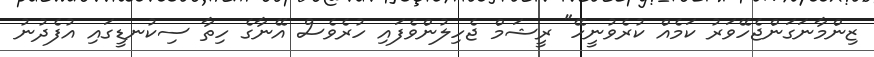
ޒިންމާނަގަންޖެހޭވަރު ކަމެއް ކުރެވުނީހޭ" ރީޝަމް ޖެހިލުންވެފައި ހުރެވެސް އޭނާގެ ހިތާ ސިކުނޑީގައި އުފެދުނު